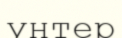
унтер